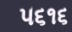
૫૬૧૬